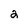
Character: 2